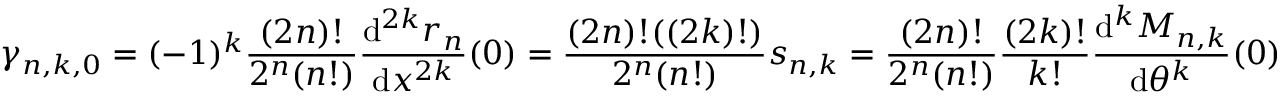
\gamma _ { n , k , 0 } = ( - 1 ) ^ { k } \frac { ( 2 n ) ! } { 2 ^ { n } ( n ! ) } \frac { \mathrm { d } ^ { 2 k } r _ { n } } { \mathrm { d } x ^ { 2 k } } ( 0 ) = \frac { ( 2 n ) ! ( ( 2 k ) ! ) } { 2 ^ { n } ( n ! ) } s _ { n , k } = \frac { ( 2 n ) ! } { 2 ^ { n } ( n ! ) } \frac { ( 2 k ) ! } { k ! } \frac { \mathrm { d } ^ { k } M _ { n , k } } { \mathrm { d } \theta ^ { k } } ( 0 )